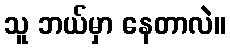
သူ ဘယ်မှာ နေတာလဲ။